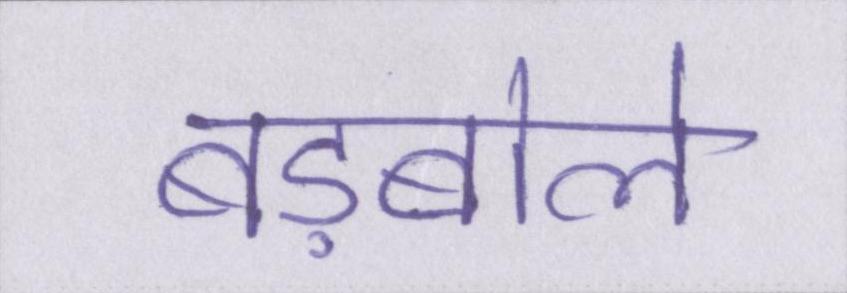
बड़बोले